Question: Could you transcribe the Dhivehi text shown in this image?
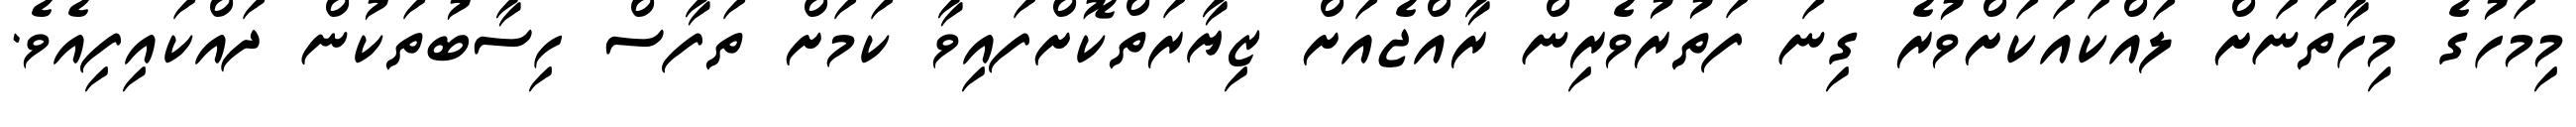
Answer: މިމަހުގެ މިހާތަނަށް ލައްކައަކަށްވުރެ ގިނަ ފަތުރުވެރިން ރާއްޖެއަށް ޒިޔާރަތްކޮށްފައިވާ ކަމަށް ތަފާސް ހިސާބުތަކުން ދައްކައިފިއެވެ.